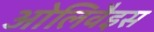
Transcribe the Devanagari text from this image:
ओलिवैइस